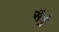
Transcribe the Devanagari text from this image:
सैव्रे